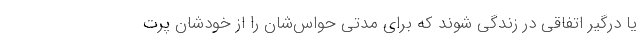
یا درگیر اتفاقی در زندگی شوند که برای مدتی حواس‌شان را از خودشان پرت